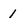
Character: 1